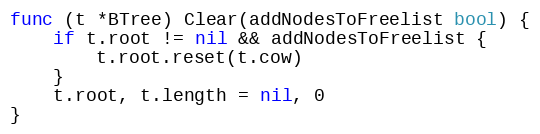
Language: Go
func (t *BTree) Clear(addNodesToFreelist bool) {
	if t.root != nil && addNodesToFreelist {
		t.root.reset(t.cow)
	}
	t.root, t.length = nil, 0
}